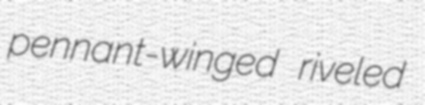
pennant-winged riveled